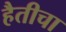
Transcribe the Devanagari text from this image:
हैतीचा